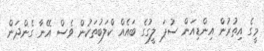
މީގެ އިތުރުން އިންޑިއަން ސުޕަ ލީގުގެ ބައެއް ކްލަބުތަކުން ވެސް އޭނާ ގެންދަން